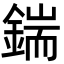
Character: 鍴